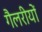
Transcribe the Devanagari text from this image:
गैलरीयों